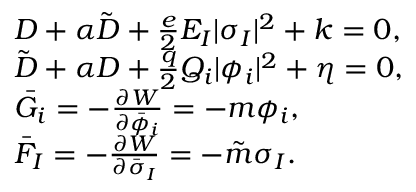
\begin{array} { l l } { { D + \alpha \tilde { D } + \frac { e } { 2 } E _ { I } | \sigma _ { I } | ^ { 2 } + k = 0 , } } \\ { { \tilde { D } + \alpha D + \frac { q } { 2 } Q _ { i } | \phi _ { i } | ^ { 2 } + \eta = 0 , } } \\ { { \bar { G } _ { i } = - \frac { \partial W } { \partial \bar { \phi } _ { i } } = - m \phi _ { i } , } } \\ { { \bar { F } _ { I } = - \frac { \partial W } { \partial \bar { \sigma } _ { I } } = - \tilde { m } \sigma _ { I } . } } \end{array}